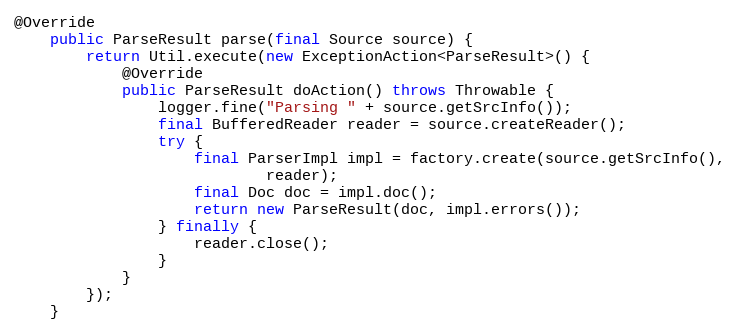
Language: Java
@Override
    public ParseResult parse(final Source source) {
        return Util.execute(new ExceptionAction<ParseResult>() {
            @Override
            public ParseResult doAction() throws Throwable {
                logger.fine("Parsing " + source.getSrcInfo());
                final BufferedReader reader = source.createReader();
                try {
                    final ParserImpl impl = factory.create(source.getSrcInfo(),
                            reader);
                    final Doc doc = impl.doc();
                    return new ParseResult(doc, impl.errors());
                } finally {
                    reader.close();
                }
            }
        });
    }